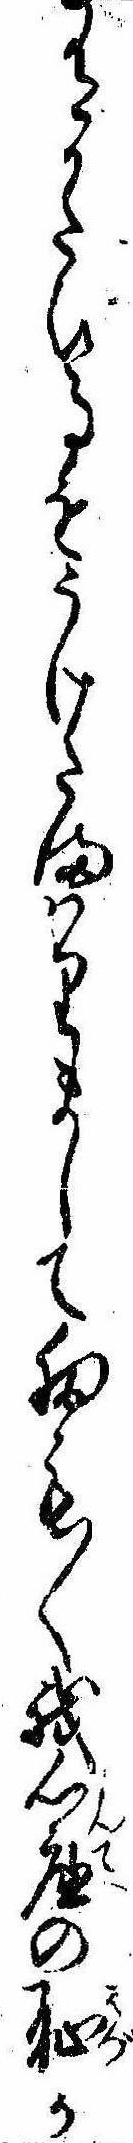
有かたひ事をうけたまはりまして扨も〱我心底の恥か